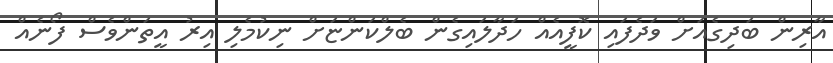
އާރިން ބަދިގެއަށް ވަދެފައި ކޮފީއެއް ހަދާލައިގެން ބެލްކަންޏަށް ނިކުމެލި އިރު އީތަންވެސް ފޯނެއް